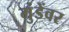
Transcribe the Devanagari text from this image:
मुंडेंवर